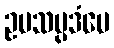
ဥပသမ္ပဒံပေ